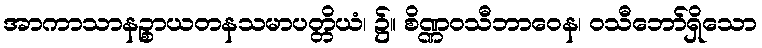
အာကာသာနဉ္စာယတနသမာပတ္တိယံ၊ ၌။ စိဏ္ဏဝသီဘာဝေန၊ ဝသီဘော်ရှိသော